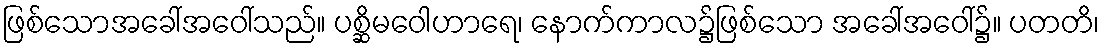
ဖြစ်သောအခေါ်အဝေါ်သည်။ ပစ္ဆိမဝေါဟာရေ၊ နောက်ကာလ၌ဖြစ်သော အခေါ်အဝေါ်၌။ ပတတိ၊